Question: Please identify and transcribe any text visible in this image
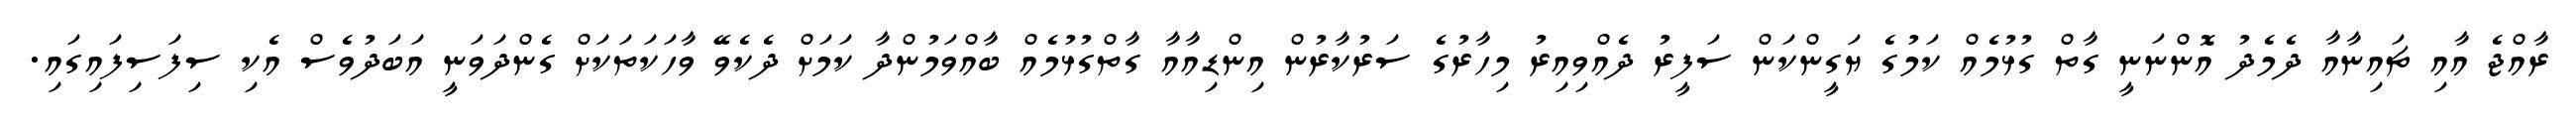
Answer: ރާއްޖެ އާއި ޗައިނާއާ ދެމެދު އޮންނަނީ ގާތް ގުޅުމެއް ކަމުގެ ޔަގީންކަން ސަފީރު ދެއްވިއިރު މިހާރުގެ ސަރުކާރުން އިންޑިއާއާ ގާތްގުޅުމެއް ބާއްވަމުންދާ ކަމަށް ދެކެވޭ ވާހަކަތަކަށް ގެންދަވަނީ އަބަދުވެސް އެކި ސިފަސިފައިގައި.